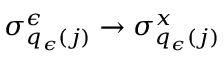
\sigma _ { q _ { \epsilon } ( j ) } ^ { \epsilon } \to \sigma _ { q _ { \epsilon } ( j ) } ^ { x }